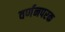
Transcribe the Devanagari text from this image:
वर्णनपरक